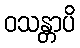
ဝသန္တာပိ